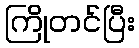
ကြိုတင်ပြီး